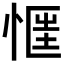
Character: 𢝎